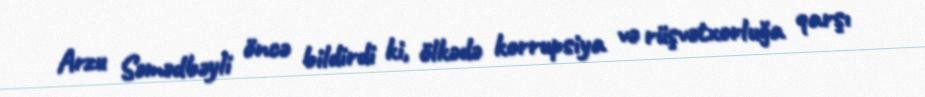
Arzu Səmədbəyli öncə bildirdi ki, ölkədə korrupsiya və rüşvətxorluğa qarşı